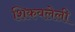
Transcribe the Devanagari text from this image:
शिकवलेली